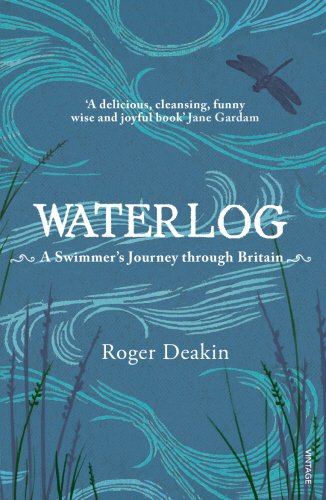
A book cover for Waterlog: A Swimmer's Journey Through Britain; Roger Deakin; Sports & Outdoors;